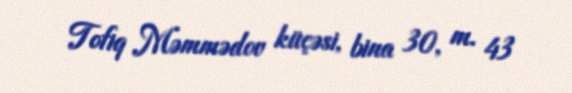
Tofiq Məmmədov küçəsi, bina 30, m. 43